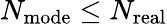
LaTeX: N_{\mathrm{mode}}\leq N_{\mathrm{real}}